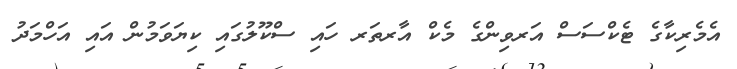
އެމެރިކާގެ ޓެކްސަސް އަރވިންގެ މެކް އާރތަރ ހައި ސްކޫލުގައި ކިޔަވަމުން އައި އަހްމަދު